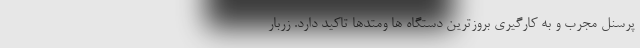
پرسنل مجرب و به کارگیری بروزترین دستگاه ها ومتدها تاکید دارد. زربار